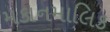
મકાનમાલિક